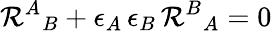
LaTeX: \mathcal{R}^{A}{}_{B}+\epsilon_{A}\, \epsilon_{B}\, \mathcal{R}^{B}{}_{A}=0